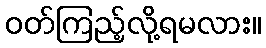
ဝတ်ကြည့်လို့ရမလား။